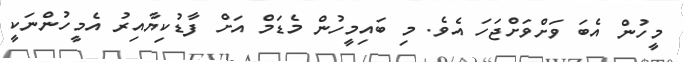
މީހުން އެބަ ވަށްވަށްޖަހަ އެވެ. މި ބައިމީހުން މެޑަމް އަށް ފާޑުކިޔާއިރު އެމީހުންނަކީ